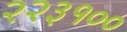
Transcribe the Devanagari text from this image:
२२३१००